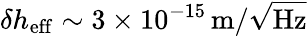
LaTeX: \delta h_{\mathrm{eff}}\sim 3\times 10^{-15}\, \mathrm{m}/\sqrt{\mathrm{Hz}}